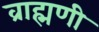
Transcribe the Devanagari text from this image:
व्राह्मणी